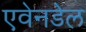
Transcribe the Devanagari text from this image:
एवेनडेल